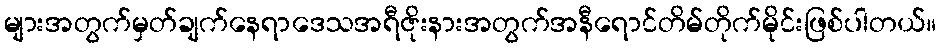
များအတွက်မှတ်ချက်နေရာဒေသအရီဇိုးနားအတွက်အနီရောင်တိမ်တိုက်မိုင်းဖြစ်ပါတယ်။